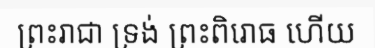
ព្រះរាជា ទ្រង់ ព្រះពិរោធ ហើយ